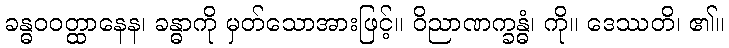
ခန္ဓဝဝတ္ထာနေန၊ ခန္ဓာကို မှတ်သောအားဖြင့်။ ဝိညာဏက္ခန္ဓံ၊ ကို။ ဒေဿတိ၊ ၏။